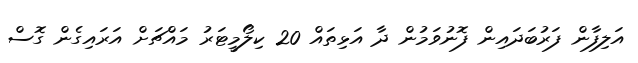
އަލިފާން ފަރުބަދައިން ފޮނުވަމުން ދާ އަޅިތައް 20 ކިލޯމީޓަރު މައްޗަށް އަރައިގެން ގޮސް